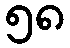
၅၈